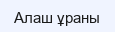
Алаш ұраны